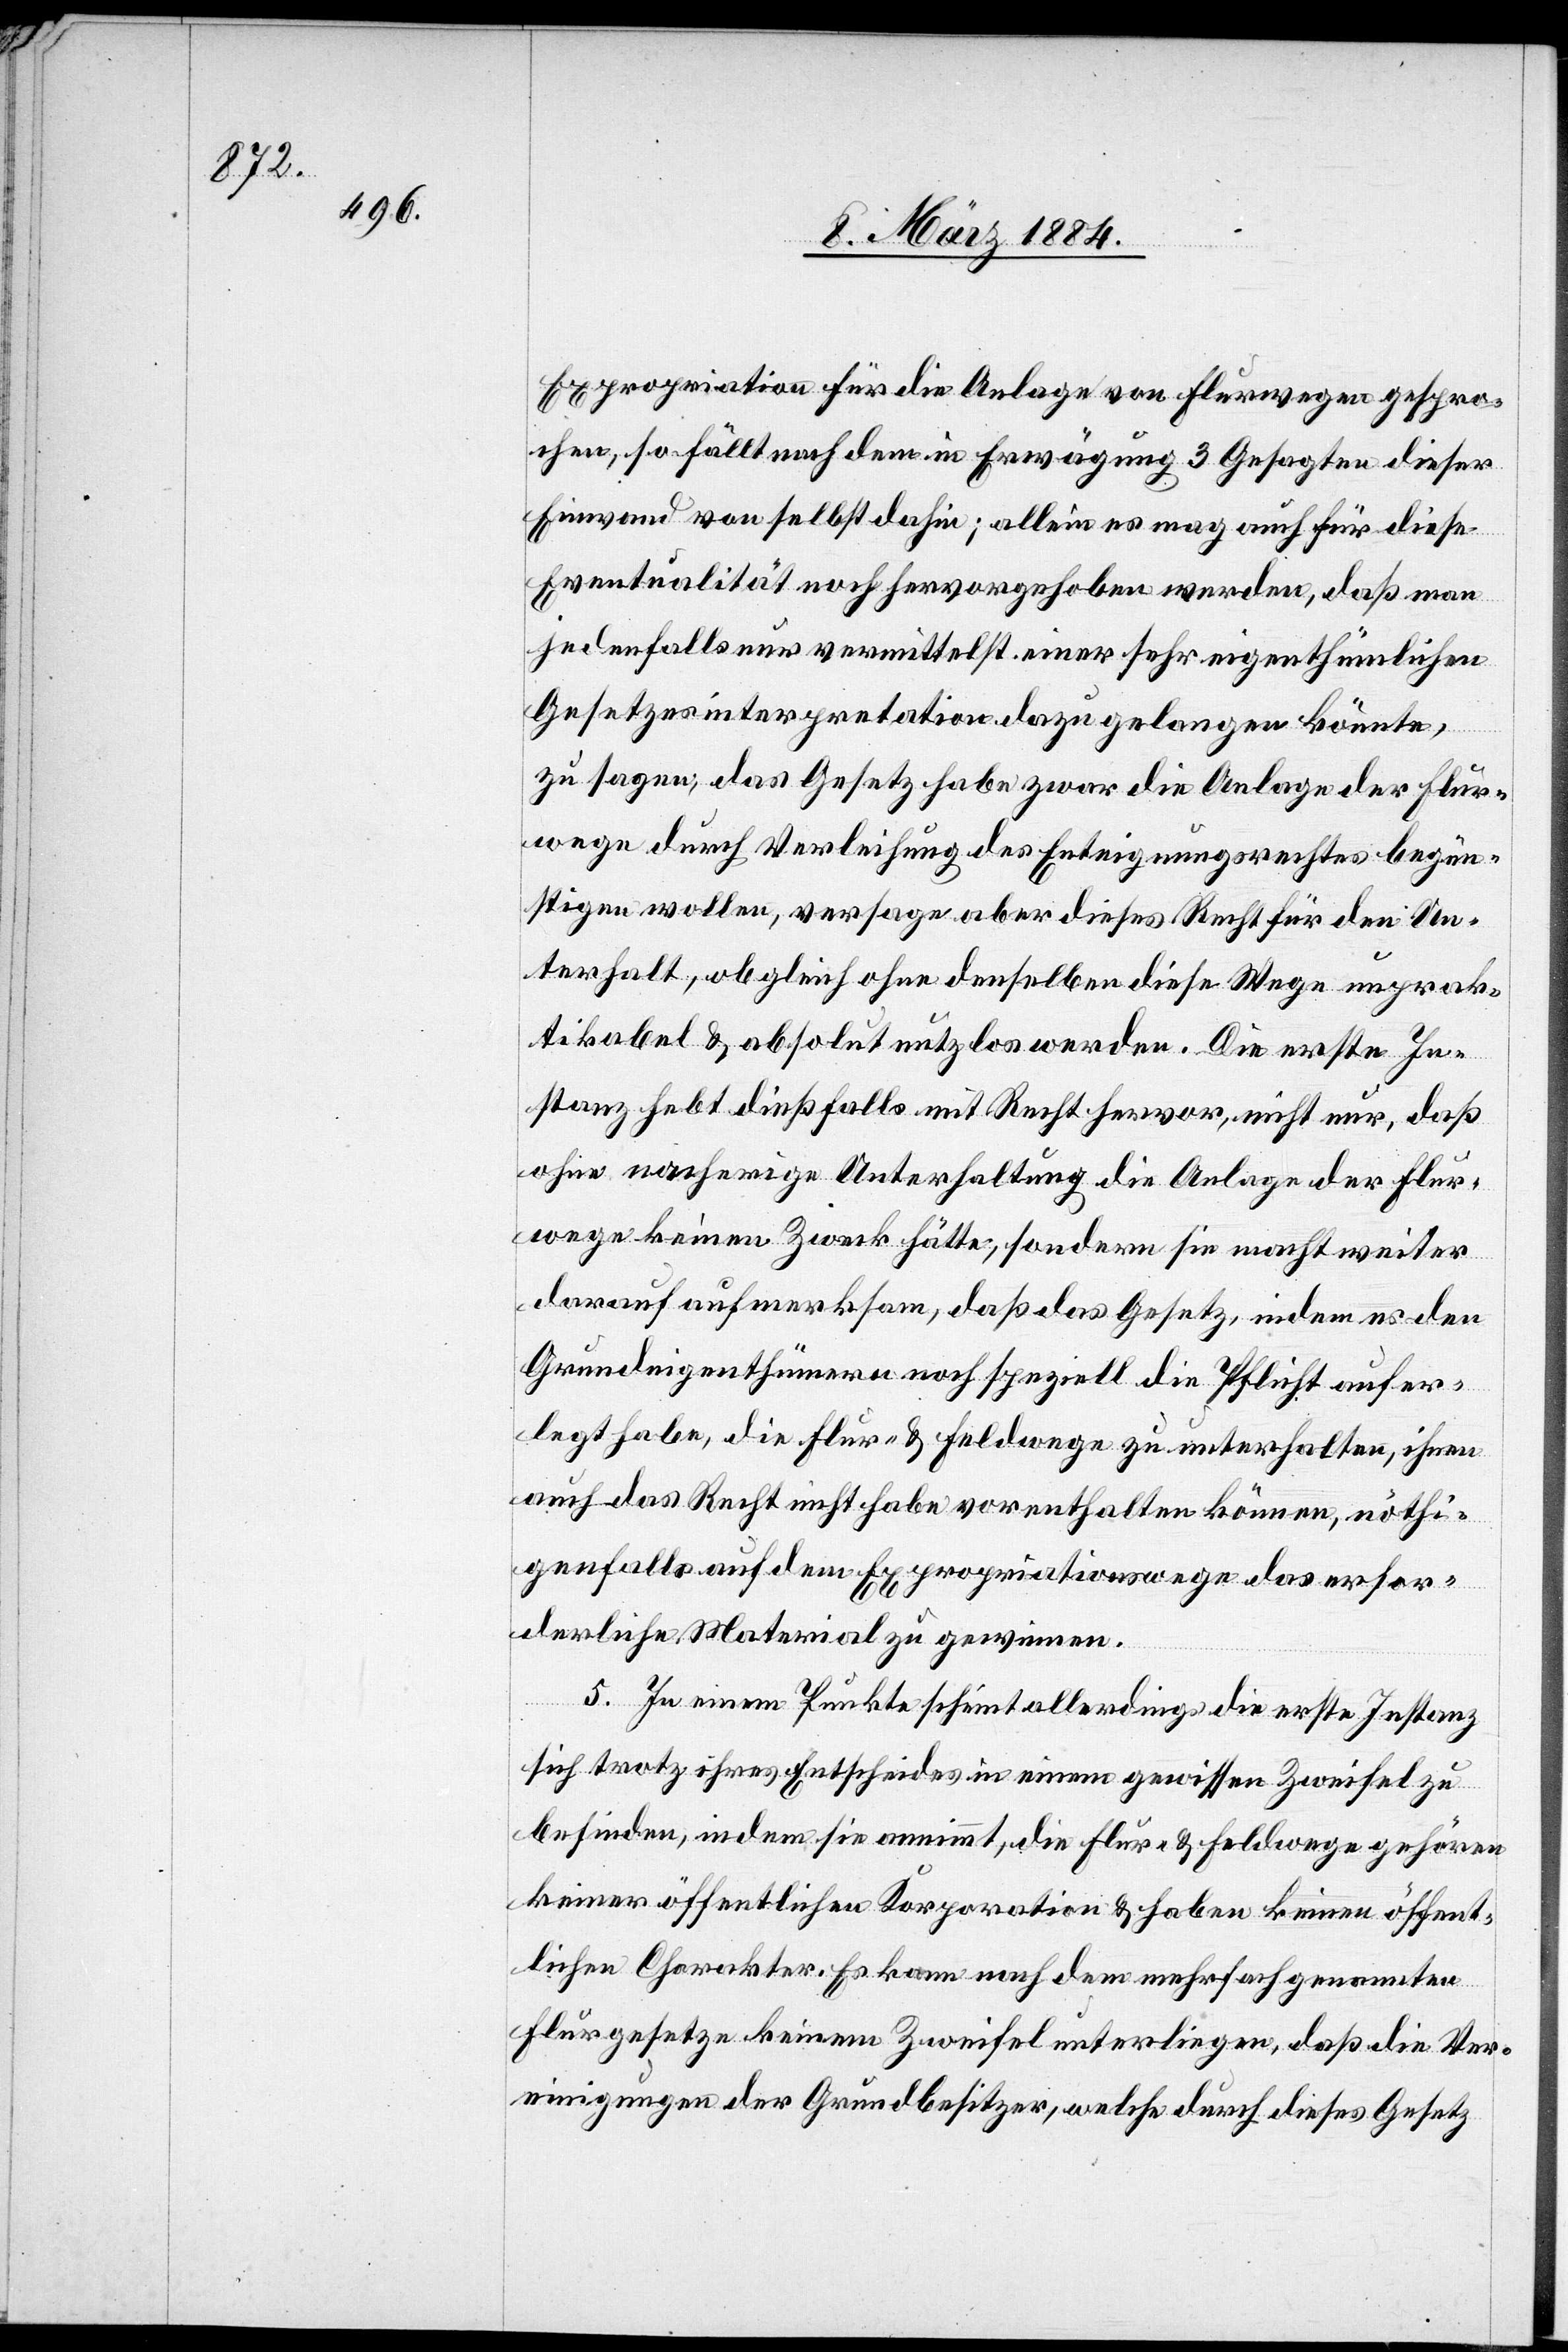
Expropriation für die Anlage von Flurwegen gespro¬
chen, so fällt nach dem in Erwägung 3 Gesagten dieser
Einwand von selbst dahin; allein es mag auch für diese
Eventualität noch hervorgehoben werden, daß man
jedenfalls nur vermittelst einer sehr eigenthümlichen
Gesetzesinterpretation dazu gelangen könnte,
zu sagen, daß Gesetz habe zwar die Anlage der Flur¬
wege durch Verleihung des Enteignungsrechtes begün¬
stigen wollen, versage aber dieses Recht für den Un¬
terhalt, ob gleich ohne denselben diese Wege unprak¬
tikabel & absolut nutzlos werden. Die erste In¬
stanz hebt dießfalls mit Recht hervor, nicht nur, daß
ohne nachherige Unterhaltung die Anlage der Flur¬
wege keinen Zweck hätte, sondern sie macht weiter
darauf aufmerksam, daß das Gesetz, indem es den
Grundeigenthümern noch speziell die Pflicht aufer¬
legt habe, die Flur- & Feldwege zu unterhalten, ihnen
auch das Recht nicht haben vorenthalten können, nöthi¬
genfalls auf dem Expropriationswege das erfor¬
derliche Material zu gewinnen.
5. In einem Punkte scheint allerdings die erste Instanz
sich trotz ihres Entscheides in einem gewissen Zweifel zu
befinden, indem sie annimmt, die Flur- & Feldwege gehören
keiner öffentlichen Korporation & haben keinen öffent¬
lichen Charakter. Es kann nach dem mehrfach genannten
Flurgesetze keinem Zweifel unterliegen, daß die Ver¬
einigungen der Grundbesitzer, welche durch dieses Gesetz